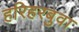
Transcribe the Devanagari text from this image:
हरिहरबुवा